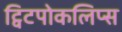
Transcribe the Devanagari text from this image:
ट्विटपोकलिप्स